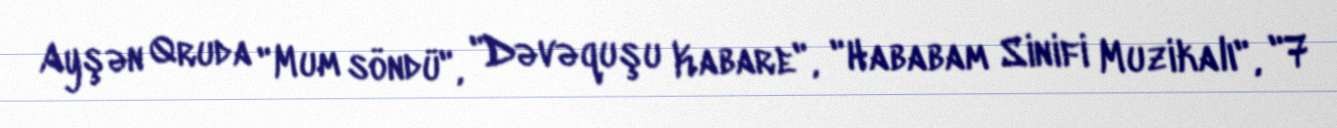
Ayşən Qruda "Mum söndü", "Dəvəquşu Kabare", "Hababam Sinifi Muzikalı", "7